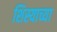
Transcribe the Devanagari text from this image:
शिस्याच्या